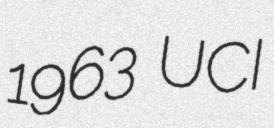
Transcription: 1963 UCI